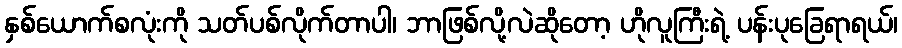
နှစ်ယောက်စလုံးကို သတ်ပစ်လိုက်တာပါ၊ ဘာဖြစ်လို့လဲဆိုတော့ ဟိုလူကြီးရဲ့ ပန်းပုခြေရာရယ်၊